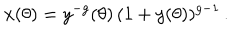
x ( \theta ) = y ^ { - g } ( \theta ) \, ( 1 + y ( \theta ) ) ^ { g - 1 } \, .